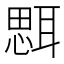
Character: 𦖷